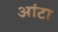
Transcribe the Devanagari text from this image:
आंटा